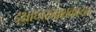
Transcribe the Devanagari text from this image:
दक्षाध्वरनाशकाय।